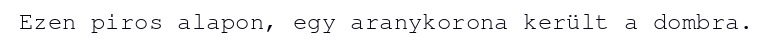
Ezen piros alapon, egy aranykorona került a dombra.